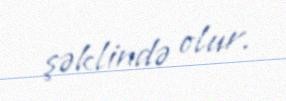
şəklində olur.